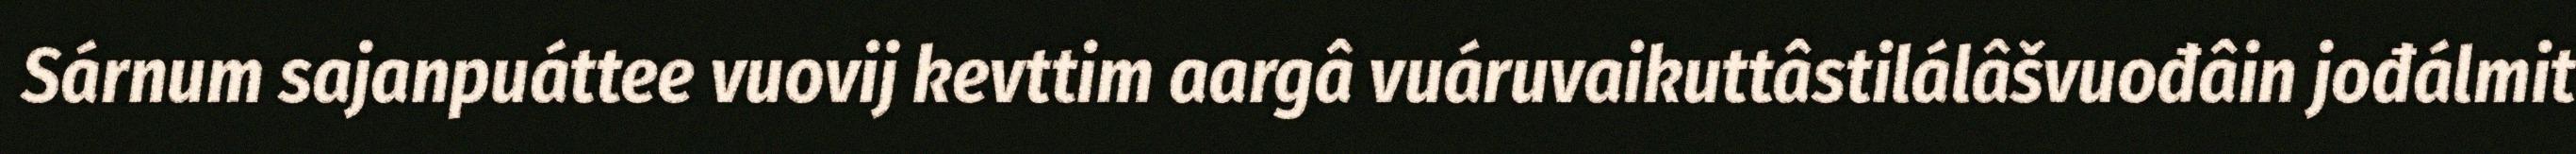
Sárnum sajanpuáttee vuovij kevttim aargâ vuáruvaikuttâstilálâšvuođâin jođálmit